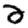
Digit: 2